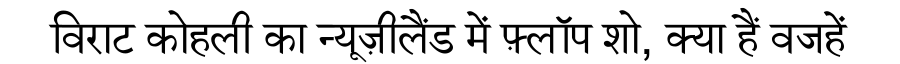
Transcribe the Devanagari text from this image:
विराट कोहली का न्यूज़ीलैंड में फ़्लॉप शो, क्या हैं वजहें